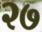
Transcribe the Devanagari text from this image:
२७